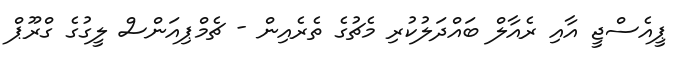
ޕީއެސްޖީ އާއި ރެއާލް ބައްދަލުކުރި މެޗުގެ ތެރެއިން - ޗެމްޕިއަންސް ލީގުގެ ގްރޫޕް